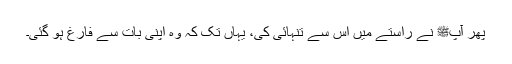
پھر آپﷺ نے راستے میں اس سے تنہائی کی، یہاں تک کہ وہ اپنی بات سے فارغ ہو گئی۔